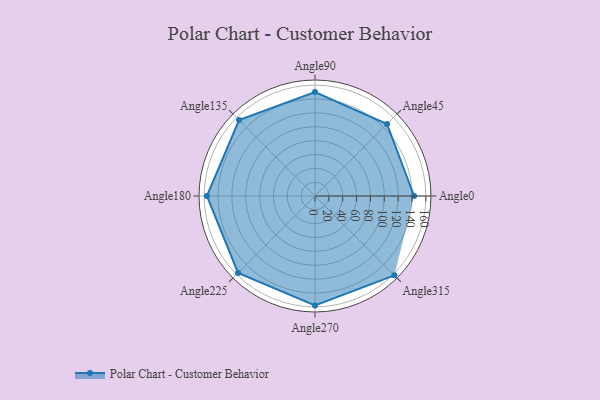
{"axis": {"x": "Angle", "y": "Radius"}, "legend": [""], "data": [{"x": "Angle0", "y": 143.0, "type": ""}, {"x": "Angle45", "y": 147.0, "type": ""}, {"x": "Angle90", "y": 150.0, "type": ""}, {"x": "Angle135", "y": 155.0, "type": ""}, {"x": "Angle180", "y": 156.0, "type": ""}, {"x": "Angle225", "y": 157.0, "type": ""}, {"x": "Angle270", "y": 158.0, "type": ""}, {"x": "Angle315", "y": 162.0, "type": ""}]}